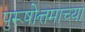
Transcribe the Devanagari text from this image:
पुरूषोत्तमाच्या